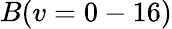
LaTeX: B(v=0-16)